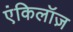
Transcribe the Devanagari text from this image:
एंकिलॉज़